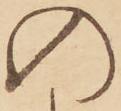
の